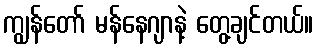
ကျွန်တော် မန်နေဂျာနဲ့ တွေ့ချင်တယ်။